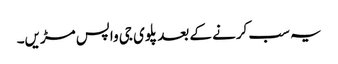
یہ سب کرنے کے بعد پلوی جی واپس مڑیں۔